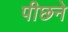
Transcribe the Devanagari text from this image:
पीछने